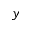
^ Ḋ y Ḍ